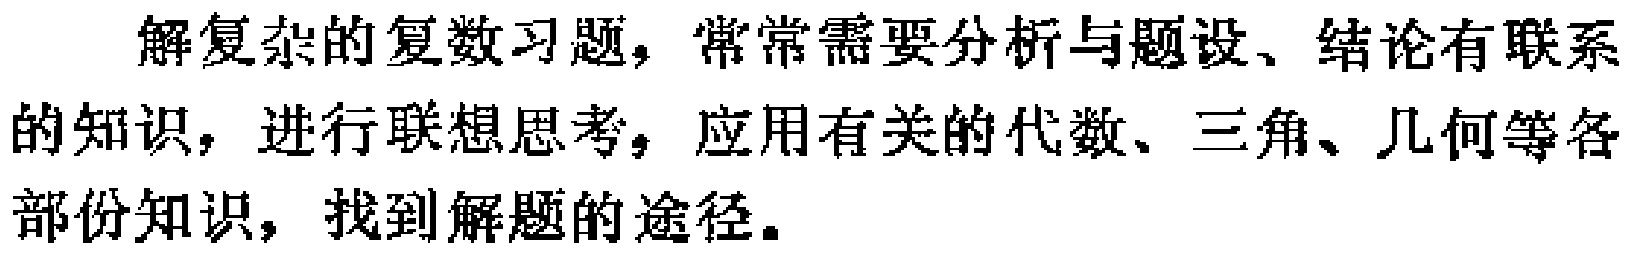
解复杂的复数习题，常常需要分析与题设、结论有联系的知识，进行联想思考，应用有关的代数、三角、几何等各部份知识，找到解题的途径。